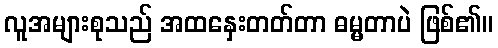
လူအများစုသည် အထနှေးတတ်တာ ဓမ္မတာပဲ ဖြစ်၏။